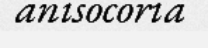
anisocoria